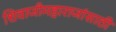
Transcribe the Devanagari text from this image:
शिवाजीमहाराजांसाठी